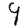
Digit: 9